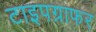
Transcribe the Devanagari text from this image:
टाइपग्राफर